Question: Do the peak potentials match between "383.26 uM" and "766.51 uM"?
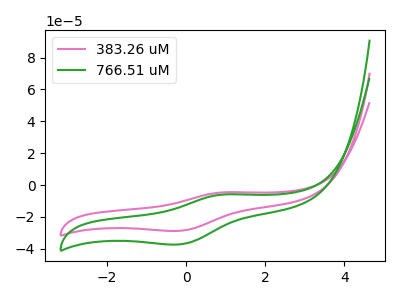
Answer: <think>The pink curve "383.26 uM" has an anodic peak at (0.95V, -4.55uA) and a cathodic peak at (-0.20V, -28.75uA). The green curve "766.51 uM" has an anodic peak at (0.95V, -5.90uA) and a cathodic peak at (-0.20V, -37.25uA).</think>
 <answer>Yes, "383.26 uM" have a peak in "766.51 uM" at the same potential.</answer>
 <eval>match</eval>